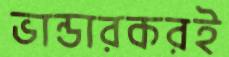
ভান্ডারকরই